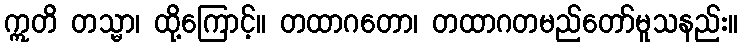
ဣတိ တသ္မာ၊ ထို့ကြောင့်။ တထာဂတော၊ တထာဂတမည်တော်မူသနည်း။